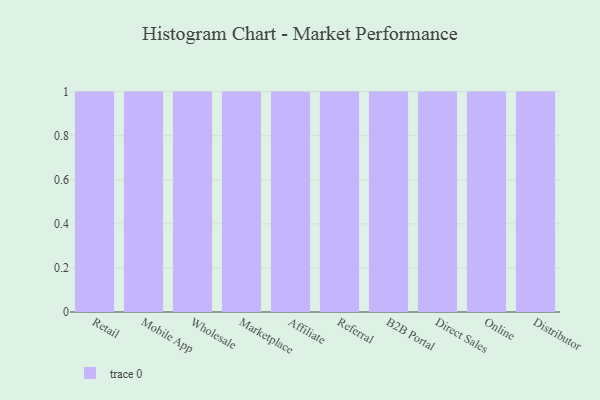
{"axis": {"x": "Channel", "y": "Revenue (USD Million)"}, "legend": [""], "data": [{"x": "Retail", "y": 89, "type": ""}, {"x": "Mobile App", "y": 78, "type": ""}, {"x": "Wholesale", "y": 17, "type": ""}, {"x": "Marketplace", "y": 92, "type": ""}, {"x": "Affiliate", "y": 19, "type": ""}, {"x": "Referral", "y": 80, "type": ""}, {"x": "B2B Portal", "y": 32, "type": ""}, {"x": "Direct Sales", "y": 89, "type": ""}, {"x": "Online", "y": 58, "type": ""}, {"x": "Distributor", "y": 62, "type": ""}]}